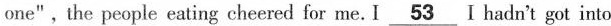
one",the people eating cheered for me. I\underline{53}I hadn't got into